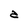
Character: a